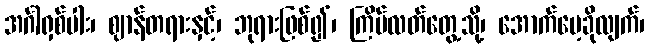
အင်္ဂါရှစ်ပါး၊ ဈာန်တရားနှင့်၊ ဘုရားဖြစ်၍၊ ကြိမ်လတ်တွေ့သို့၊ အောက်မေ့ခိုလျက်၊